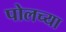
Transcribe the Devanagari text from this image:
पोलच्या